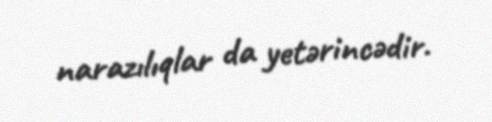
narazılıqlar da yetərincədir.